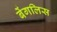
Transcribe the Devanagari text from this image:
बेंगलिस